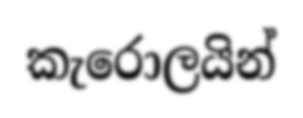
කැරොලයින්